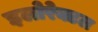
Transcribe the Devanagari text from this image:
इलोरेक्टल